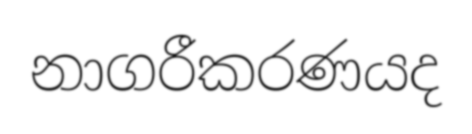
නාගරීකරණයද